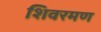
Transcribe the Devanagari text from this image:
शिवरमण